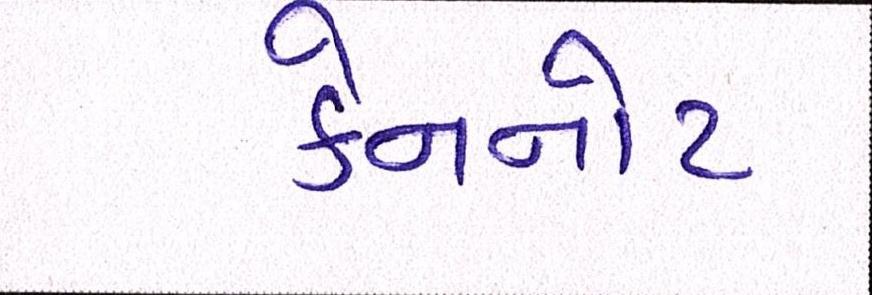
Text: કેનનોટ